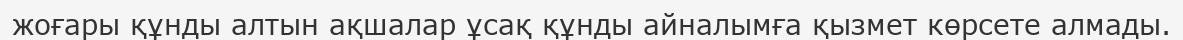
жоғары құнды алтын ақшалар ұсақ құнды айналымға қызмет көрсете алмады.